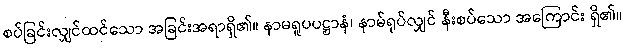
စပ်ခြင်းလျှင်ထင်သော အခြင်းအရာရှိ၏။ နာမရူပပဋ္ဌာနံ၊ နာမ်ရုပ်လျှင် နီးစပ်သော အကြောင်း ရှိ၏။